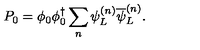
P _ { 0 } = \phi _ { 0 } \phi _ { 0 } ^ { \dagger } \sum _ { n } \psi _ { L } ^ { ( n ) } \overline { { \psi } } _ { L } ^ { ( n ) } .